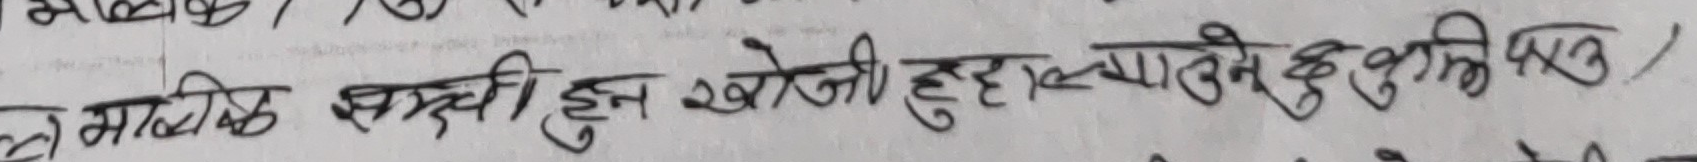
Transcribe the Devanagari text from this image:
ल माथि सस्सी हुन खोजी रहेका व्यक्तिहरु पनि